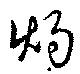
灼